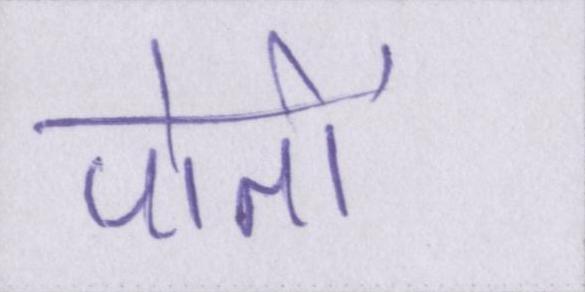
पोतों